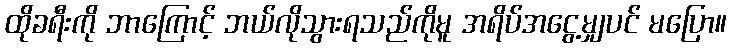
ထိုခရီးကို ဘာကြောင့် ဘယ်လိုသွားရသည်ကိုမူ အရိပ်အငွေ့မျှပင် မပြော။